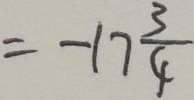
= - 1 7 \frac { 3 } { 4 }